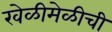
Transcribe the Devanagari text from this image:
खेळीमेळीची